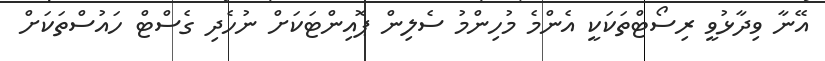
އޭނާ ވިދާޅުވީ ރިސޯޓްތަކަކީ އެންމެ މުހިންމު ސެލިން ޕޮއިންޓަކަށް ނުހެދި ގެސްޓް ހައުސްތަކަށް